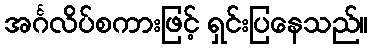
အင်္ဂလိပ်စကားဖြင့် ရှင်းပြနေသည်။